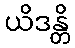
ယိဒန္တိ